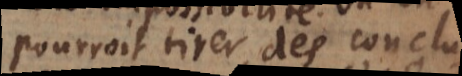
pourroit tirer des In